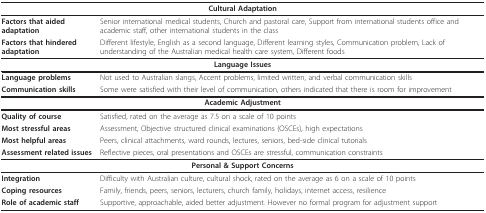
<table><thead><tr><td colspan="2"><b>Cultural Adaptation</b></td></tr></thead><tbody><tr><td><b>Factors that aided adaptation</b></td><td>Senior international medical students, Church and pastoral care, Support from international students office and academic staff, other international students in the class</td></tr><tr><td><b>Factors that hindered adaptation</b></td><td>Different lifestyle, English as a second language, Different learning styles, Communication problem, Lack of understanding of the Australian medical health care system, Different foods</td></tr><tr><td colspan="2"><b>Language Issues</b></td></tr><tr><td><b>Language problems</b></td><td>Not used to Australian slangs, Accent problems, limited written, and verbal communication skills</td></tr><tr><td><b>Communication skills</b></td><td>Some were satisfied with their level of communication, others indicated that there is room for improvement</td></tr><tr><td colspan="2"><b>Academic Adjustment</b></td></tr><tr><td><b>Quality of course</b></td><td>Satisfied, rated on the average as 7.5 on a scale of 10 points</td></tr><tr><td><b>Most stressful areas</b></td><td>Assessment, Objective structured clinical examinations (OSCEs), high expectations</td></tr><tr><td><b>Most helpful areas</b></td><td>Peers, clinical attachments, ward rounds, lectures, seniors, bed-side clinical tutorials</td></tr><tr><td><b>Assessment related issues</b></td><td>Reflective pieces, oral presentations and OSCEs are stressful, communication constraints</td></tr><tr><td colspan="2"><b>Personal &amp; Support Concerns</b></td></tr><tr><td><b>Integration</b></td><td>Difficulty with Australian culture, cultural shock, rated on the average as 6 on a scale of 10 points</td></tr><tr><td><b>Coping resources</b></td><td>Family, friends, peers, seniors, lecturers, church family, holidays, internet access, resilience</td></tr><tr><td><b>Role of academic staff</b></td><td>Supportive, approachable, aided better adjustment. However no formal program for adjustment support</td></tr></tbody></table>